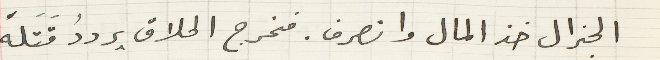
الجنرال خذ المال وانصرف. فخرج الحلاق يرددُ قَتَله